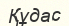
Құдас